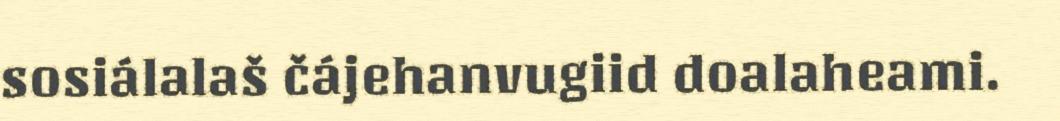
sosiálalaš čájehanvugiid doalaheami.